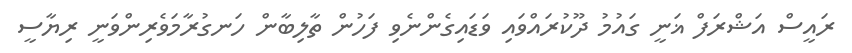
ރައީސް އަޝްރަފް ޣަނީ ގައުމު ދޫކުރައްވައި ވަޑައިގެންނެވި ފަހުން ތާލިބާން ހަނގުރާމަވެރިންވަނީ ރިޔާސީ